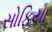
સોફિયા